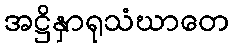
အဋ္ဌိနှာရုသံဃာတေ